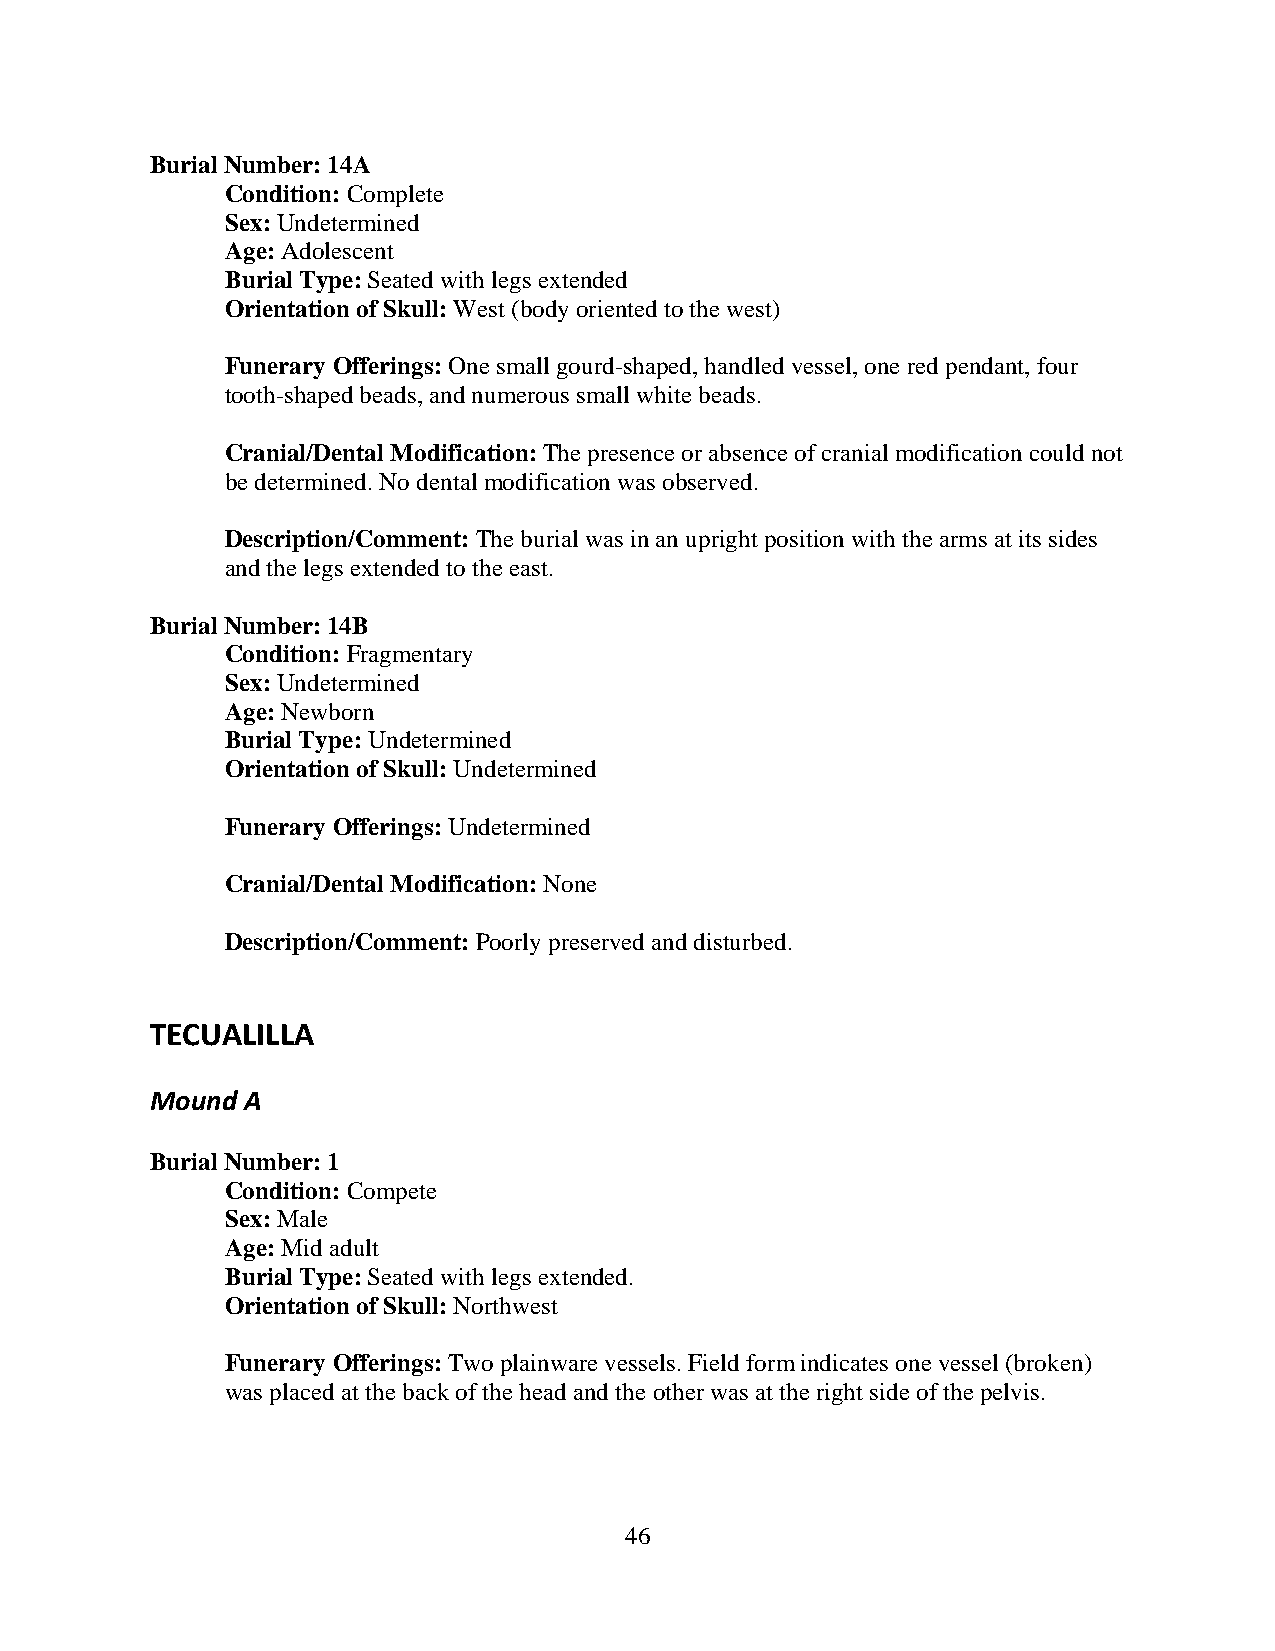
Burial Number: 14A
 Condition: Complete
 Sex: Undetermined
 Age: Adolescent
 Burial Type: Seated with legs extended
 Orientation of Skull: West (body oriented to the west)
 Funerary Offerings: One small gourd-shaped, handled vessel, one red pendant, four
 tooth-shaped beads, and numerous small white beads.
 Cranial/Dental Modification: The presence or absence of cranial modification could not
 be determined. No dental modification was observed.
 Description/Comment: The burial was in an upright position with the arms at its sides
 and the legs extended to the east.
 Burial Number: 14B
 Condition: Fragmentary
 Sex: Undetermined
 Age: Newborn
 Burial Type: Undetermined
 Orientation of Skull: Undetermined
 Funerary Offerings: Undetermined
 Cranial/Dental Modification: None
 Description/Comment: Poorly preserved and disturbed.
 TECUALILLA
 Mound A
 Burial Number: 1
 Condition: Compete
 Sex: Male
 Age: Mid adult
 Burial Type: Seated with legs extended.
 Orientation of Skull: Northwest
 Funerary Offerings: Two plainware vessels. Field form indicates one vessel (broken)
 was placed at the back of the head and the other was at the right side of the pelvis.
 46